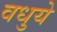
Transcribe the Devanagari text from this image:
वधुये